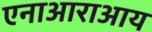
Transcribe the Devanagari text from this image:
एनाआराआय